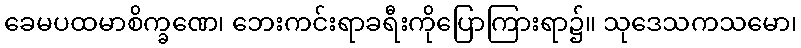
ခေမပထမာစိက္ခဏေ၊ ဘေးကင်းရာခရီးကိုပြောကြားရာ၌။ သုဒေသကသမော၊